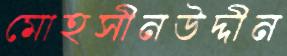
মোহসীনউদ্দীন